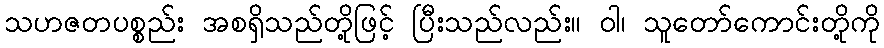
သဟဇတပစ္စည်း အစရှိသည်တို့ဖြင့် ပြီးသည်လည်း။ ဝါ၊ သူတော်ကောင်းတို့ကို